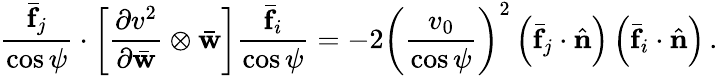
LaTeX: \frac{\bar{\mathbf f}_{j}}{\cos\psi}\cdot\left[\frac{\partial v^{2}}{\partial\bar{\mathbf w}}\otimes\bar{\mathbf w}\right]\frac{\bar{\mathbf f}_{i}}{\cos\psi}=-2\left(\frac{v_{0}}{\cos\psi}\right)^{2}\left(\bar{\mathbf f}_{j}\cdot\hat{\mathbf n}\right)\left(\bar{\mathbf f}_{i}\cdot\hat{\mathbf n}\right)\, .